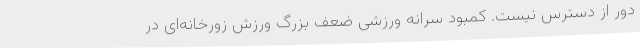
دور از دسترس نیست. کمبود سرانه ورزشی ضعف بزرگ ورزش زورخانه‌ای در